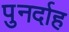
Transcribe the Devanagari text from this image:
पुनर्दाह